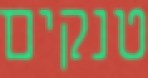
טנקים